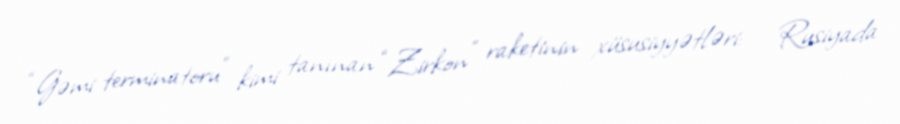
“Gəmi terminatoru” kimi tanınan “Zirkon” raketinin xüsusiyyətləri: - Rusiyada